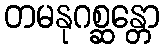
တမနုဂစ္ဆန္တော